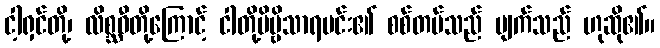
ငါ့ရှင်တို့၊ လိစ္ဆဝီတို့ကြောင့် ငါတို့ဗိမ္ဗိသာရမင်း၏ စစ်တပ်သည် ပျက်သည် ဟုဆို၏။